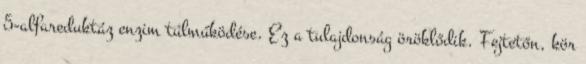
5-alfareduktáz enzim túlműködése. Ez a tulajdonság öröklődik. Fejtetőn, kör